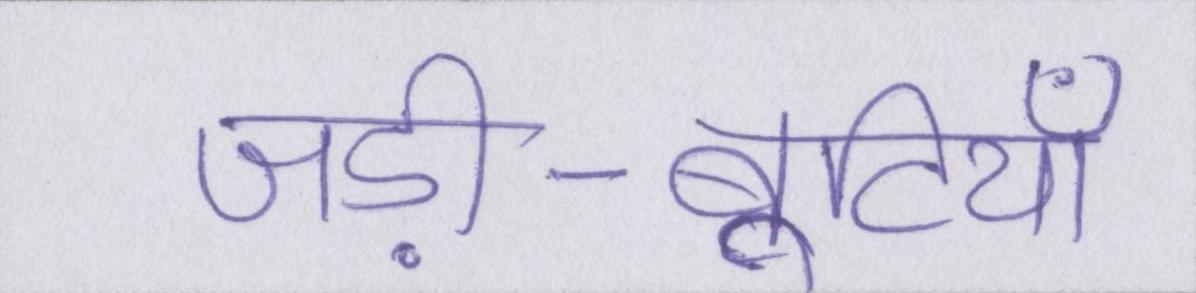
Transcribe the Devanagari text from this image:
जड़ी-बूटियाँ